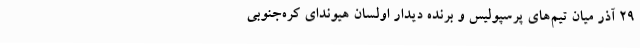
29 آذر میان تیم‌های پرسپولیس و برنده دیدار اولسان هیوندای کره‌جنوبی